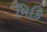
મિકિ